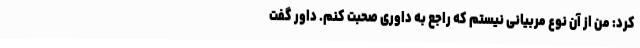
کرد: من از آن نوع مربیانی نیستم که راجع به داوری صحبت کنم. داور گفت